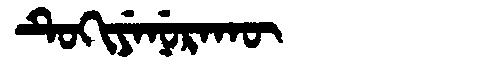
Manchu: ᡨᡠᡴᡳᠶᡝᠨᡠᡵᠠᡴᡡ
Romanization: TUKIYENURAKŪ